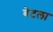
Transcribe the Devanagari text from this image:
बेटला